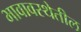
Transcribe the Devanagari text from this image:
भावावस्थेतील